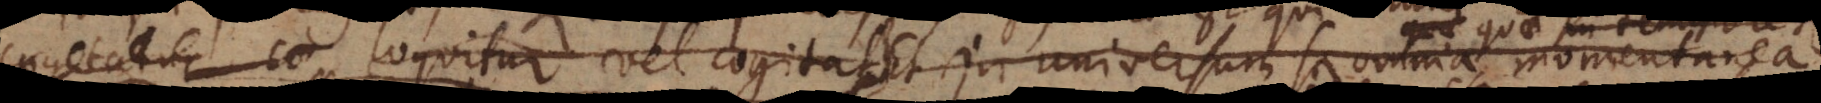
c loquitur vel cogitat. Et in universum si omnia momentanea